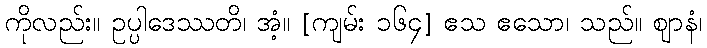
ကိုလည်း။ ဥပ္ပါဒေဿတိ၊ အံ့။ [ကျမ်း ၁၆၄] ဧသ ဧသော၊ သည်။ ဈာနံ၊